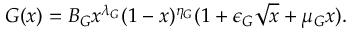
G ( x ) = B _ { G } x ^ { \lambda _ { G } } ( 1 - x ) ^ { \eta _ { G } } ( 1 + \epsilon _ { G } \sqrt { x } + \mu _ { G } x ) .